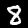
Digit: 8